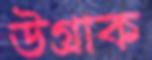
উগ্‌রাক